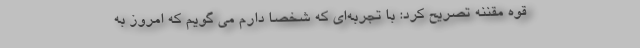
قوه مقننه تصریح کرد: با تجربه‌ای که شخصا دارم می گویم که امروز به